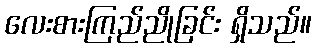
လေးစားကြည်ညိုခြင်း ရှိသည်။